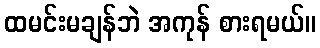
ထမင်းမချန်ဘဲ အကုန် စားရမယ်။